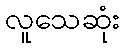
လူသေဆုံး